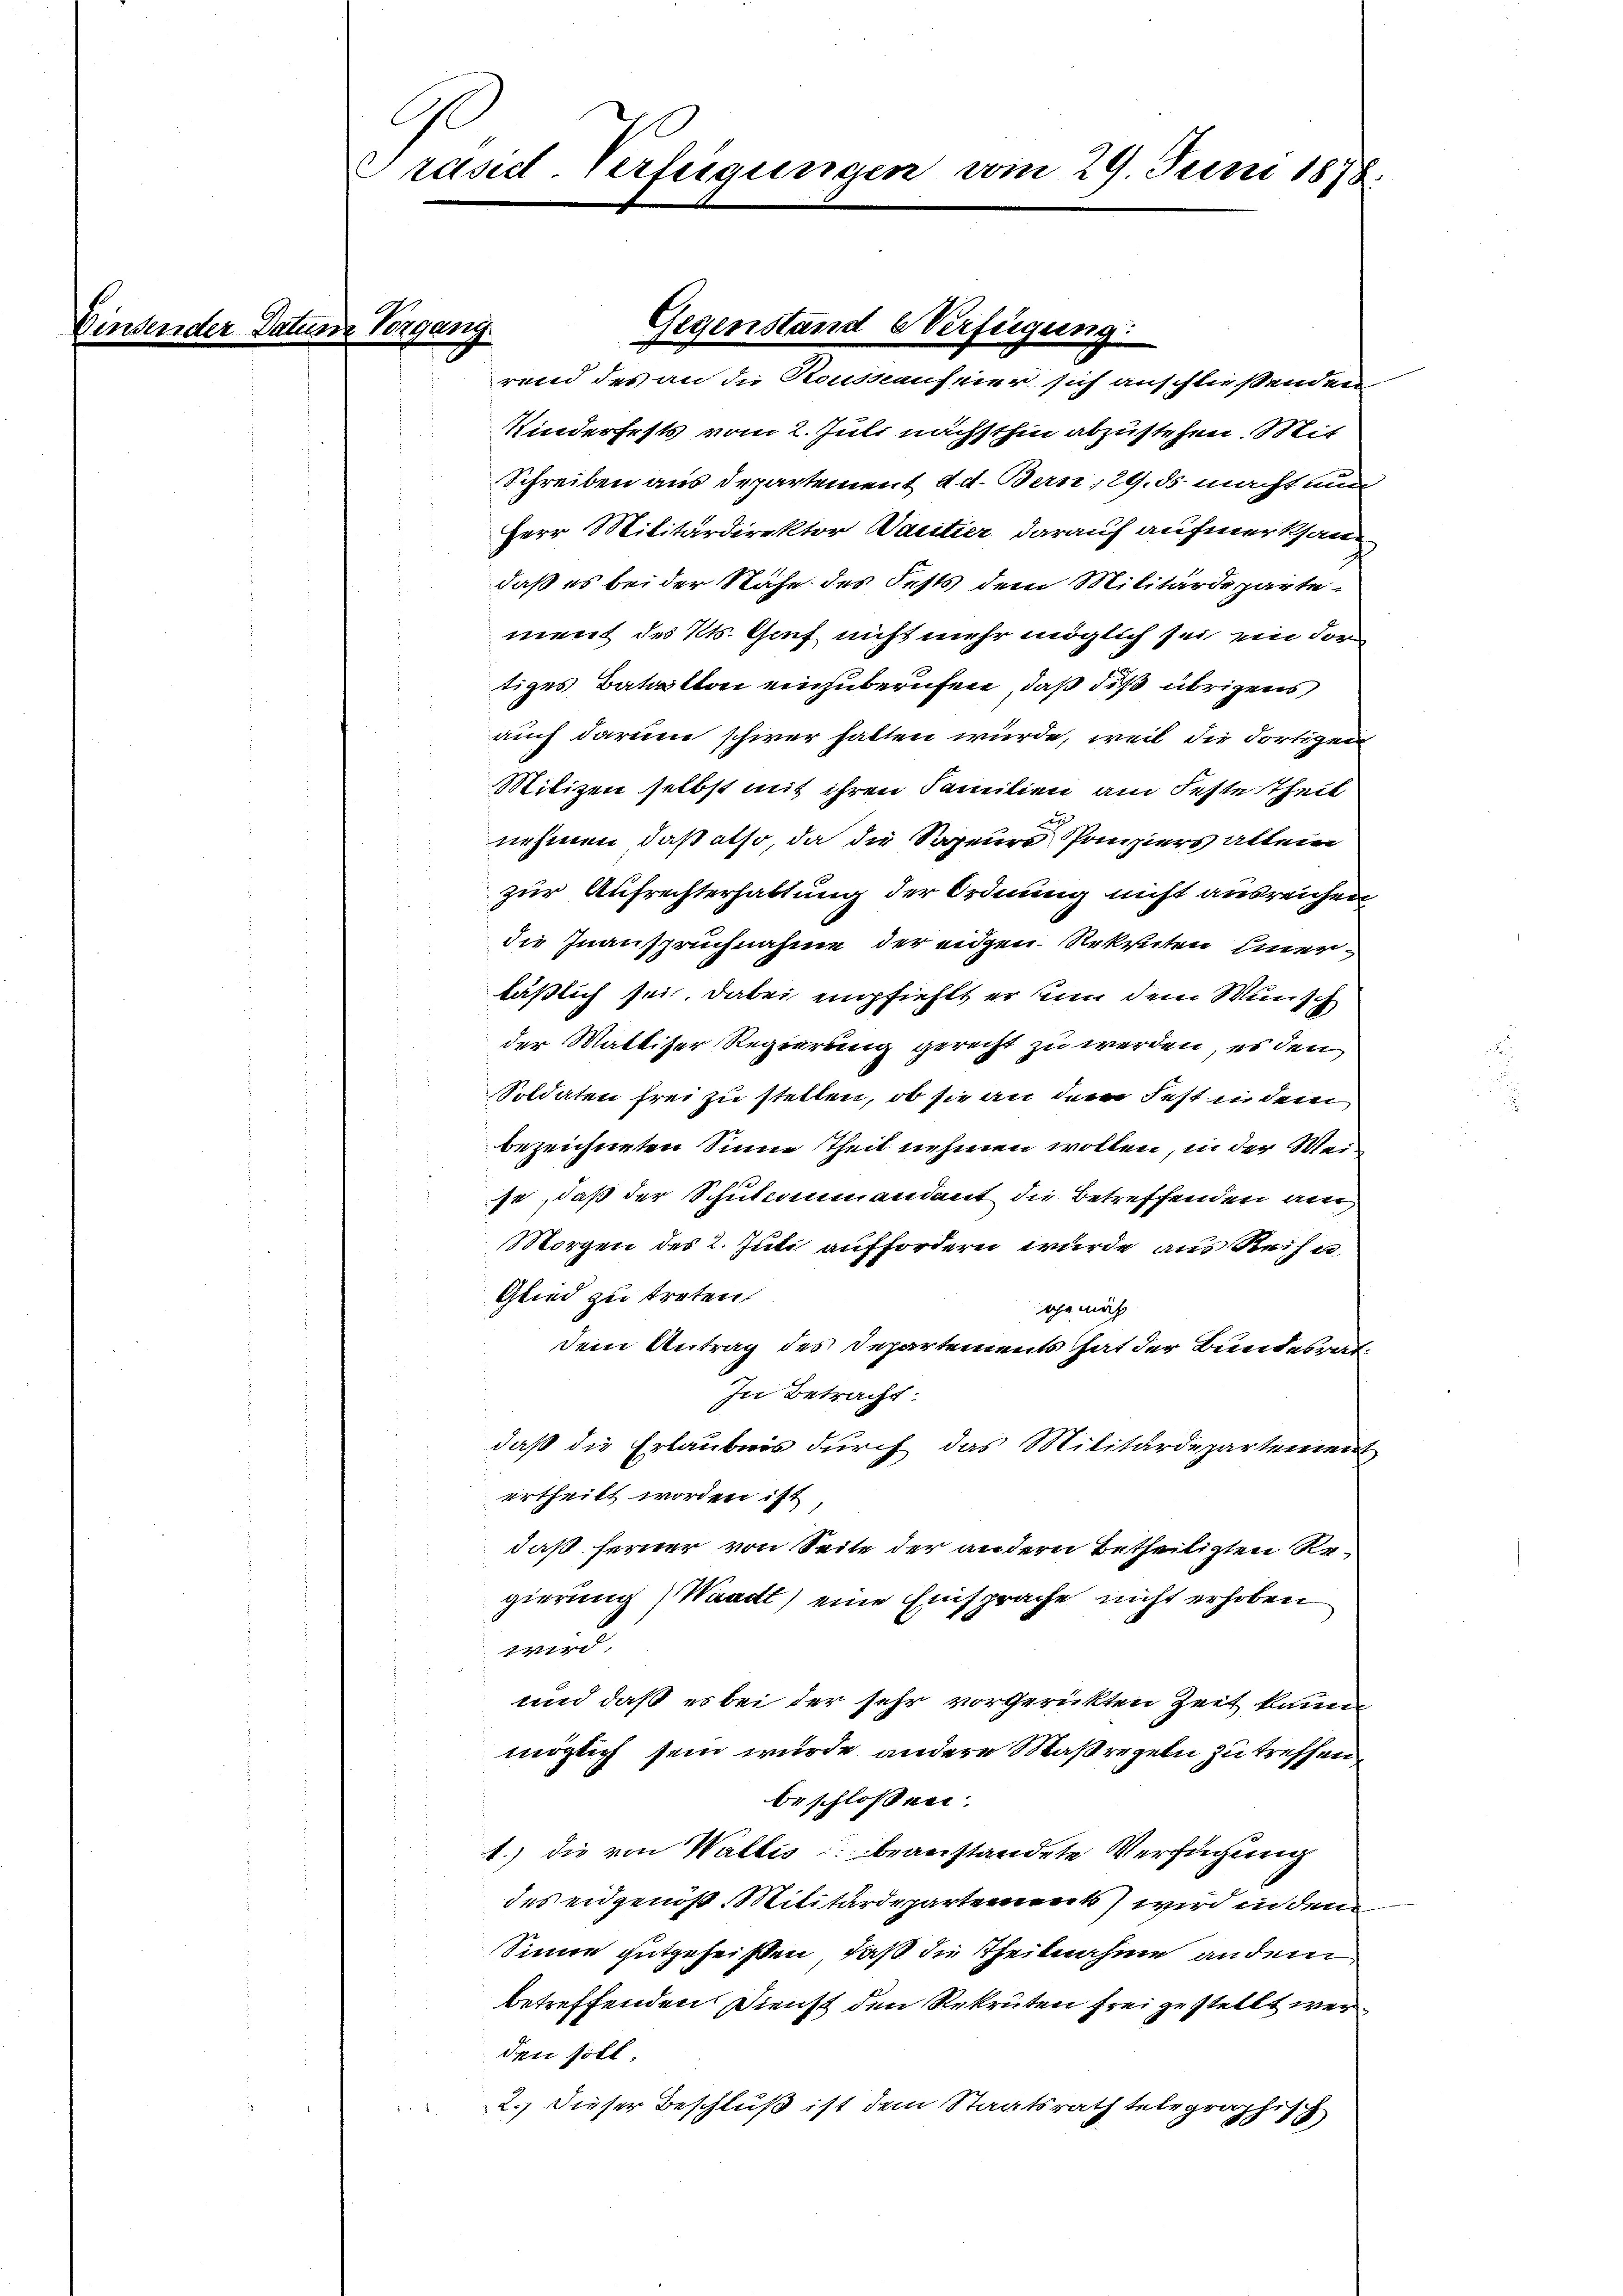
Ge
Präsid-Verfügungen vom 29. Juni 1878.

gange

Kinderfests vom 2. Juli nächsthin abzustehen. Mit
Schreiben aus Departement d. d. Bern, 29. ds macht um
Herr Militärdirektor Dantier darauf aufmerksam
daß es bei der Nahe des Fests dem Militärdepartement des Kts. Graf nicht mehr möglich sei ein dortiges Batailton einzuberufen, daß diß übrigens
auch darum schwer hatten würde, weil die dortigen
Milizei selbst mit ihren Familien am Feste Theil
d
nehmen, daß also, da die Sagenes Poniers allein
zur Aufrechterhaltung der Ordnung nicht ausreichen
die Inanspruchnahme der eidgen. Rekruten Einer-
läßlich sei. Dabei empfiehlt er nun dem Wunsch
der Mattiser Regierung gerecht zu werden, es den
Soldaten frei zu stellen, ob sie an dem Fest in dem
bezeichneten Sinne Theil nehmen wollen, in der Meise, daß der Schulcommandant die Betreffenden am
Morgen des 2. Juli auffordern wurde aus Reise
Glied zu treten.
ihe mich
dem Antrag des Departements hat der Bundesrat
In Betracht:
daß die Erlaubnis durch das Militärdepartement
ertheilt worden ist
daß ferner von Seite der andern betheiligten Regierung) Waadt) eine Einsprache nicht erhoben
wird,
und daß es bei der sehr vorgerückten Zeit kann
möglich sein wurde andere Maßregeln zu treffen
beschlossen:
1.) die von Wallis beanstandete Verfügung
des eidgenoß Militärdepartement wird in den
Sinne gutgeheißen, daß die Theilnahme andem
betreffenden Dienst den Rekruten frei gestellt wer
den soll
2.) Dieser Beschluß ist dem Staatsrath telegraphisch
.

Gegenstand Verfügung:
rend des an die Roussenfeier sich anschließenden